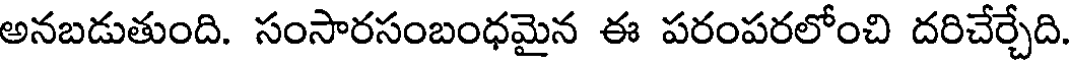
అనబడుతుంది. సంసారసంబంధమైన ఈ పరంపరలోంచి దరిచేర్చేది